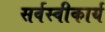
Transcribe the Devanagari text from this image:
सर्वस्वीकार्य